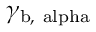
\gamma _ { \mathrm { b , \ a l p h a } }